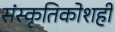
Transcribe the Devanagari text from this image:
संस्कृतिकोशही